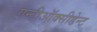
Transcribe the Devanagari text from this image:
एन्टीऑक्सीडेन्ट